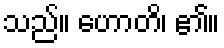
သည်။ ဟောတိ၊ ၏။